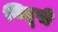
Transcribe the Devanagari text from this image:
चिद्रूपी